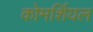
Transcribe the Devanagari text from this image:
कोमर्शियल